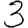
Digit: 3